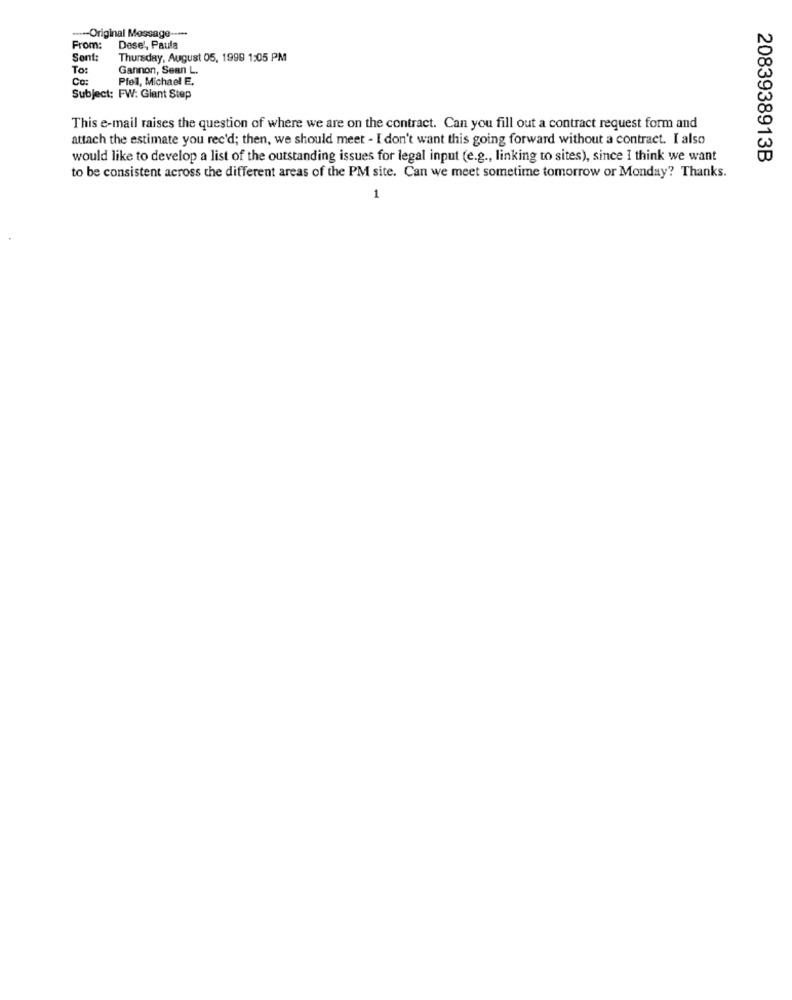
....- Original Message -----
From:
Dese', Paula
Sent:
Thursday, August 05, 1999 1:05 PM
To:
Gannon, Sean L.
Co:
Pfeil, Michael E.
Subject: FW: Giant Step
This e-mail raises the question of where we are on the contract. Can you fill out a contract request form and
attach the estimate you rec'd; then, we should meet - I don't want this going forward without a contract. I also
would like to develop a list of the outstanding issues for legal input (e.g ., linking to sites), since I think we want
2083938913B
to be consistent across the different areas of the PM site. Can we meet sometime tomorrow or Monday? Thanks.
1